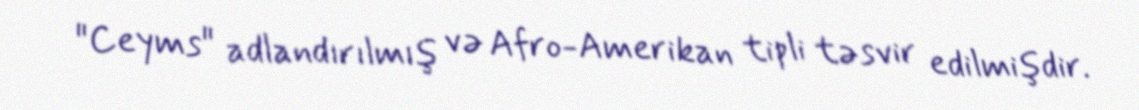
"Ceyms" adlandırılmış və Afro-Amerikan tipli təsvir edilmişdir.